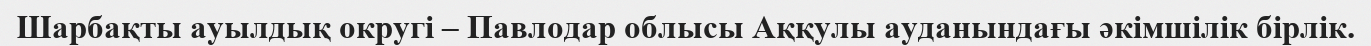
Шарбақты ауылдық округі – Павлодар облысы Аққулы ауданындағы әкімшілік бірлік.